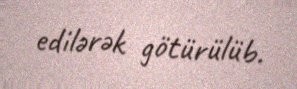
edilərək götürülüb.